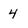
Character: 4